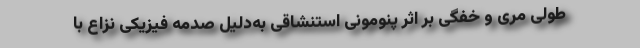
طولی مری و خفگی بر اثر پنومونی استنشاقی به‌دلیل صدمه فیزیکی نزاع با